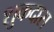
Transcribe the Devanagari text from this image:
शुकदास